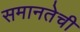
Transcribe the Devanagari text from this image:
समानतेची